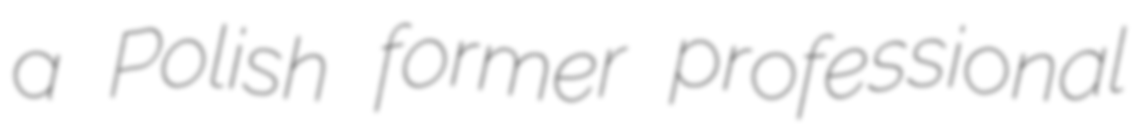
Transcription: a Polish former professional